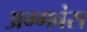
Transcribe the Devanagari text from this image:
अग्गवंस